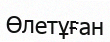
Өлетұған